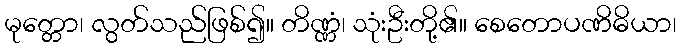
မုတ္တော၊ လွတ်သည်ဖြစ်၍။ တိဏ္ဏံ၊ သုံးဦးတို့၏။ စေတောပဏိဓိယာ၊